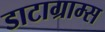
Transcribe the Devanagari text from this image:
डाटाग्राम्स